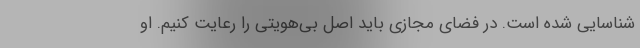
شناسایی شده است. در فضای مجازی باید اصل بی‌هویتی را رعایت کنیم. او